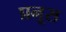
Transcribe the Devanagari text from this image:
प्रनूस